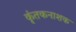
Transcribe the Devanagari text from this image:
कृंतकनाशक